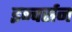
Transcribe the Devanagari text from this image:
इन्वर्सन